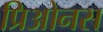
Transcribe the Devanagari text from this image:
प्रिओनस